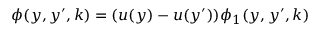
\phi ( y , y ^ { \prime } , k ) = ( u ( y ) - u ( y ^ { \prime } ) ) \phi _ { 1 } ( y , y ^ { \prime } , k )